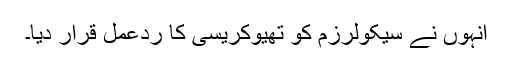
انہوں نے سیکولرزم کو تھیوکریسی کا ردعمل قرار دیا۔